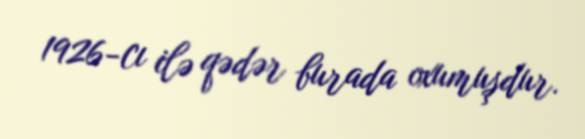
1926-cı ilə qədər burada oxumuşdur.